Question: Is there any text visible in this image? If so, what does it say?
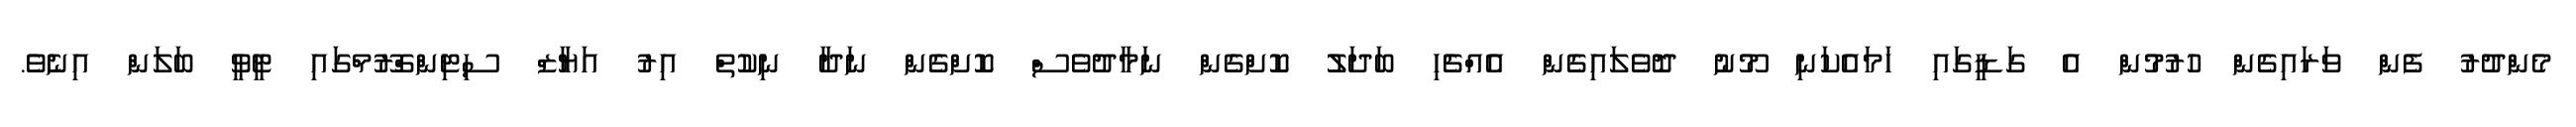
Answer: މެންދުރު ފެން ވަރައިގެން ހުރުމުން އެ ގަޑީގައި ހަމައެކަނި މޫނު ދޮވެލައިގެން އެއްޗެހި ބަދަލު ކޮށްގެން ނަމާދުވެސް ކޮށްގެން ނަދާ ނިކުތް އިރު އަޔާޒް ސިޓިންގްރޫމްގައި ޓީވީ ބަލަން އިނެވެ.